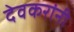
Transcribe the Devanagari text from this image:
देवकरांनी